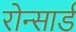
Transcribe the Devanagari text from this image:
रोन्सार्ड